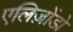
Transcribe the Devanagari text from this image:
एलिज़ोंडो